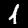
Label: 1